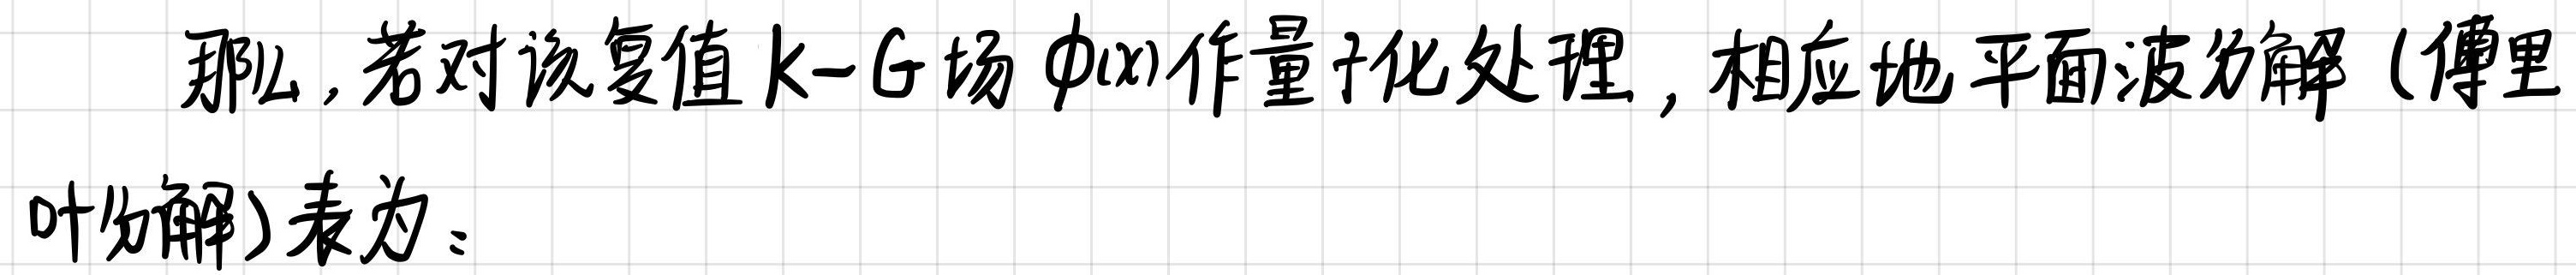
那么,若对该复值 $\mathrm{k}-\mathrm{G}$ 场 $\phi(x)$ 作量子化处理, 相应地平面波分解 (傅里叶分解) 表为: